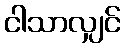
ငါသာလျှင်